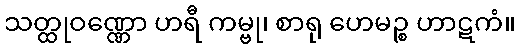
သတ္ထုဝဏ္ဏော ဟရီ ကမ္ဗု၊ စာရု ဟေမဉ္စ ဟာဋကံ။